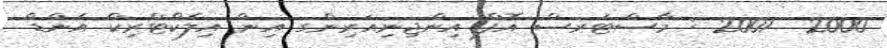
2000  2001 : މާސްޓަރސް އޮފް އިންޖިނިއަރިންގ އިން އިލެކްޓްރިކް އެންޑް